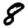
Digit: 8